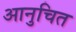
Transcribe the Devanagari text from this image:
आनुचित